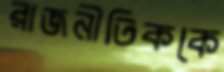
রাজনীতিককে